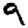
Digit: 9